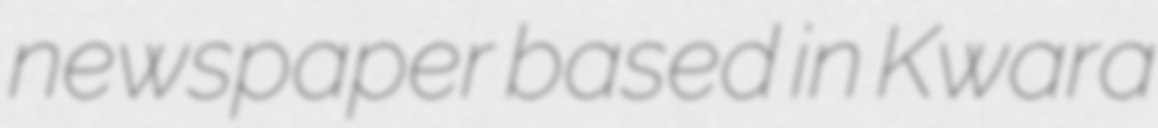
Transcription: newspaper based in Kwara